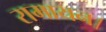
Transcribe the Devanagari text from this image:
रामायन।